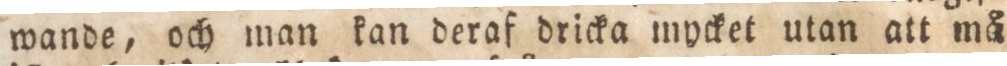
wande, och man kan deraf dricka mycket utan att må